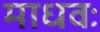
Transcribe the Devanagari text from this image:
माधवः